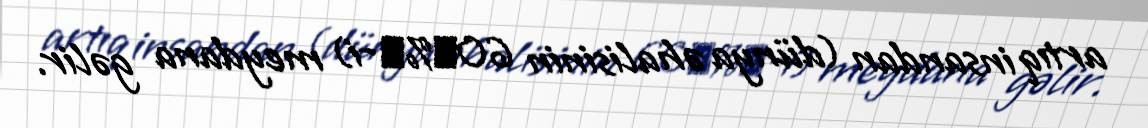
artıq insandan (dünya əhalisinin 60̬%̠-i) meydana gəlir.